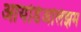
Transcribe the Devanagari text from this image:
आयडिअलिझम